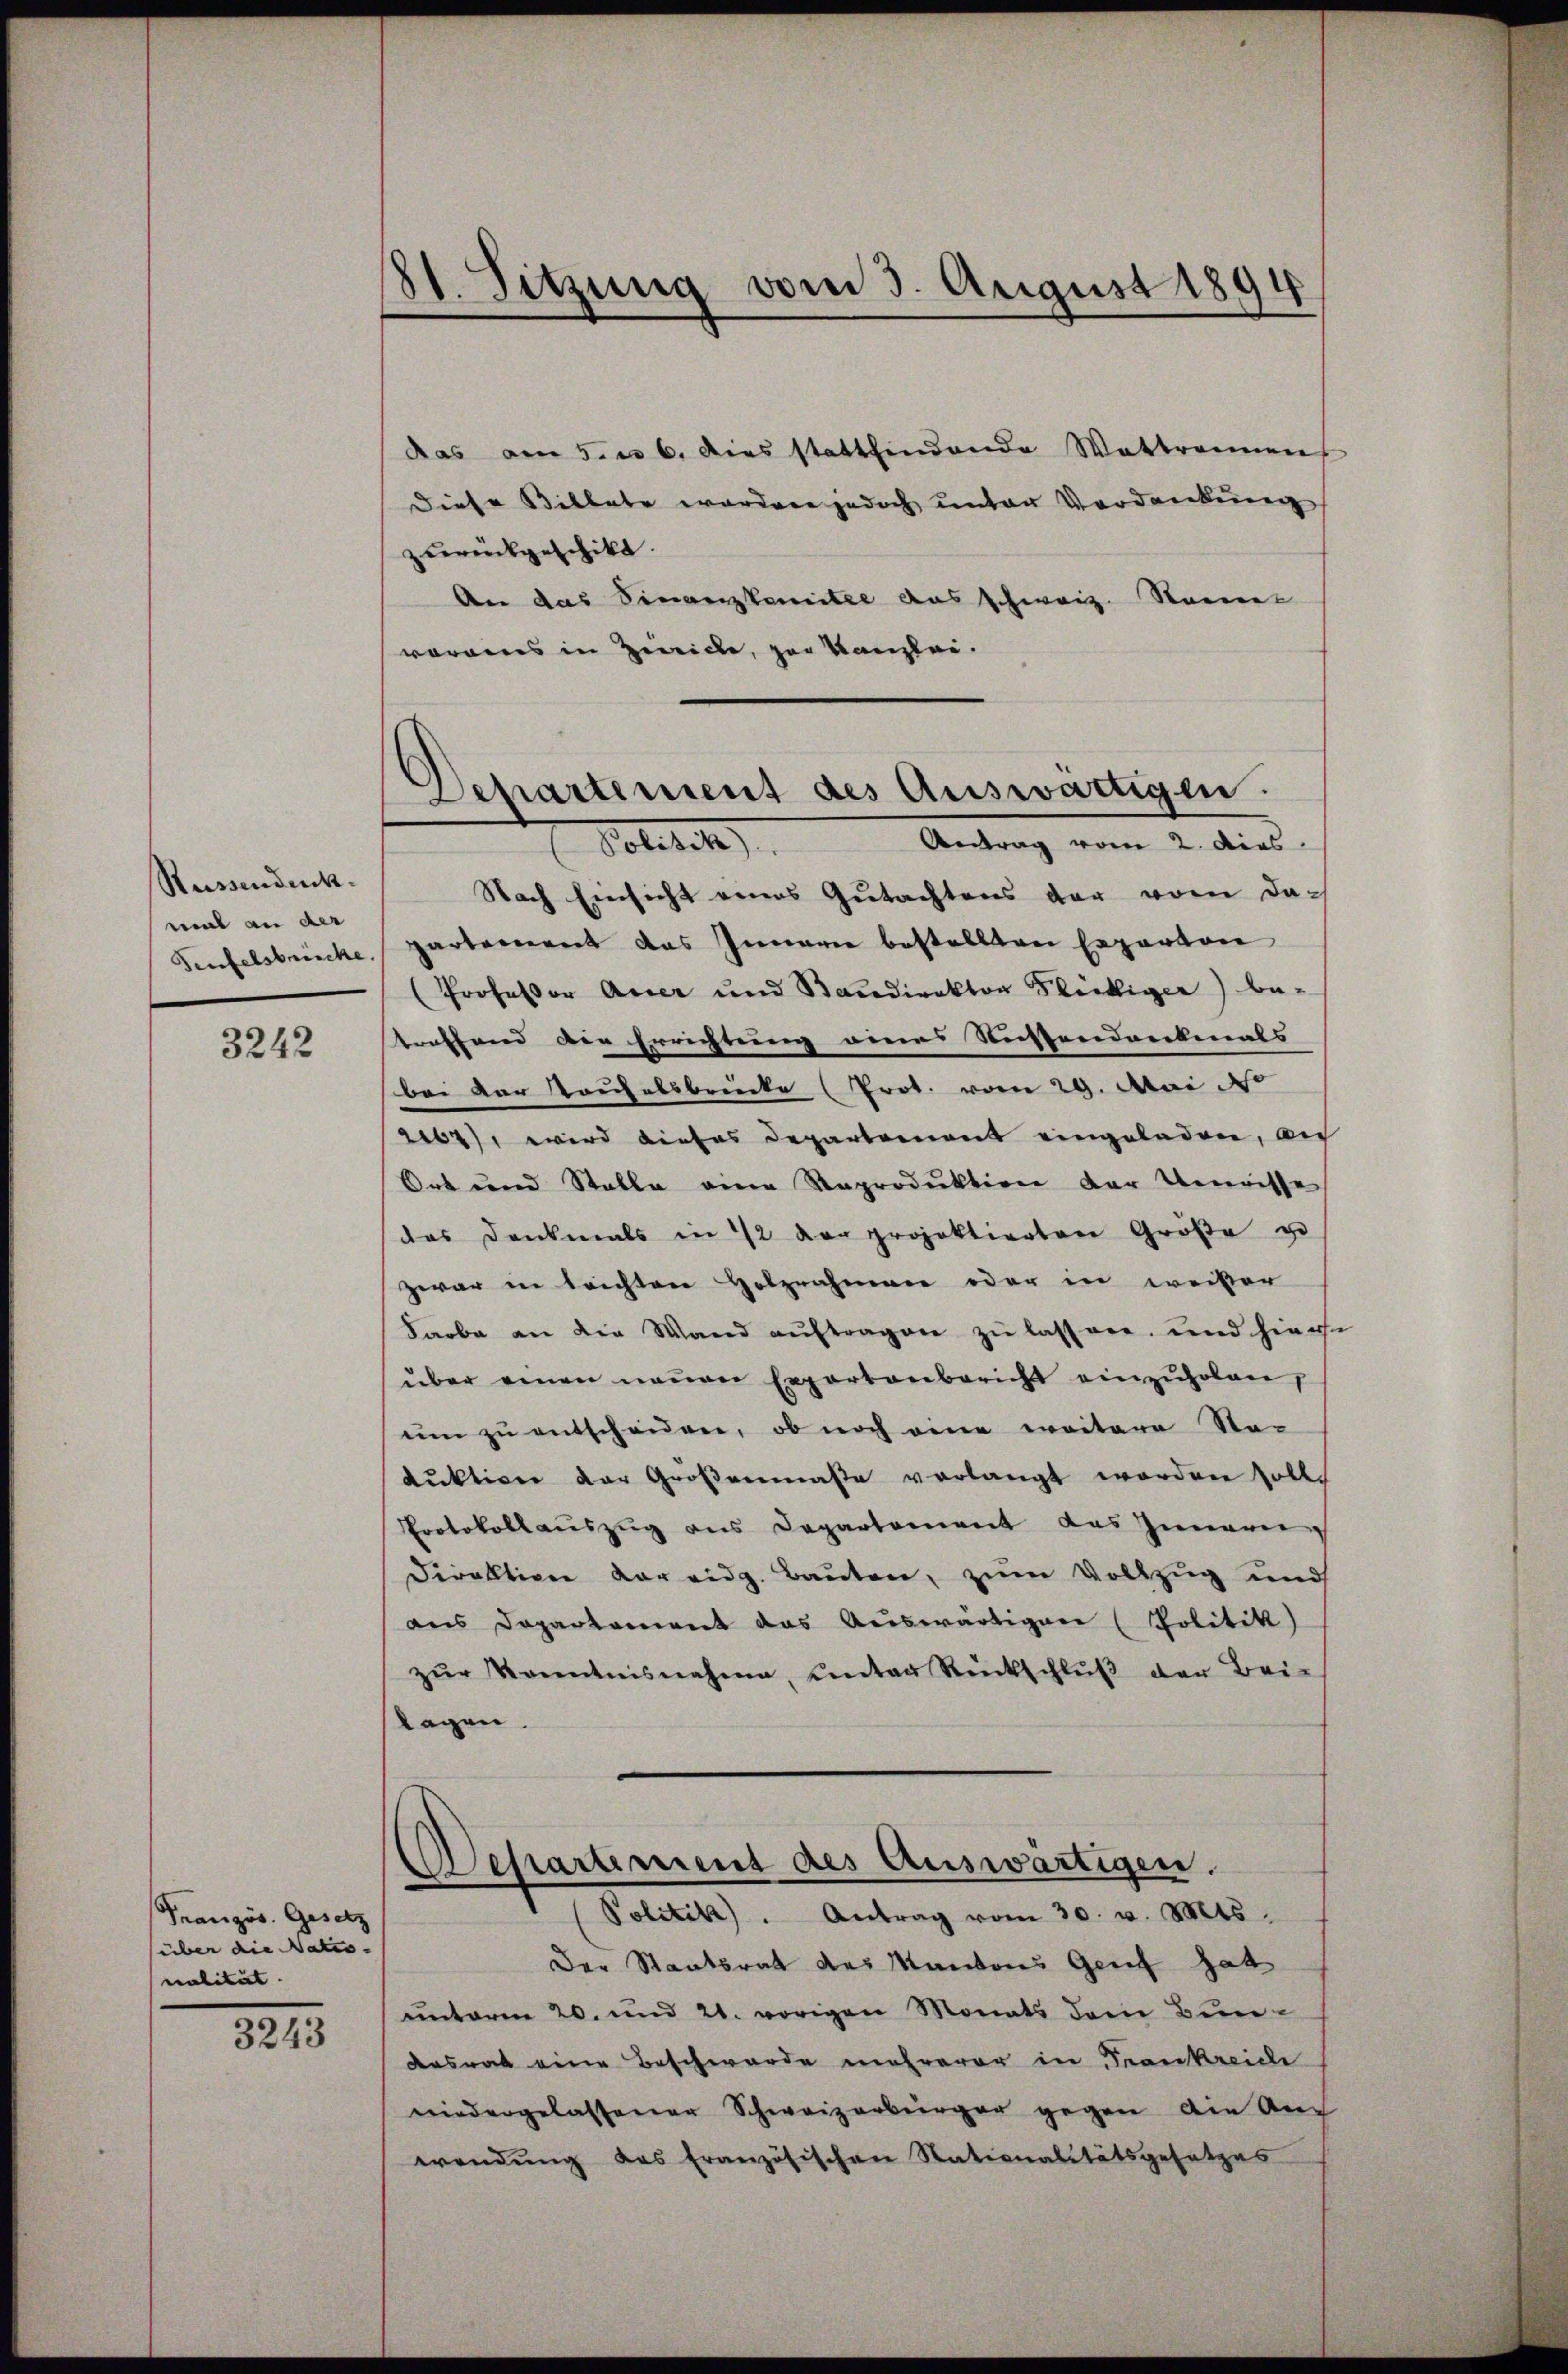
Reissendenk
mal an der
Teufelsbrücke.

3242

Französ. Gesetz
über die Natio- |
nalität.

3243

81. Sitzung vom 3. August 1894

das am 5. u 6. dies stattfindende Wattrennen
Diese Billate worden jedoch unter Verdankung
zurückgeschikt.
An das Sinanzkomitel aus schweiz. Sonnt
vorains in Zeiche, der Kanzlei.

Departement des Auswärtigen.

Antrag vom 2. dies
1. Politik
Nach Einsicht eines Gutachtens der vom dapartement das Innere bestellten Experton
(Professor Acker und Bandirektor Fleckiger) be-
treffend die Errichtung eines Nüssendenkmals
bei der Kaufelsbrücke (Prot. vom 29. Mai do
2164), wird dieses Departement eingeladen, au
Ort und Stalle eine Raproduktion der Unwisse
das Dankmals in 72 der projektierten Größe u
zwar in leichten Holznahmen oder in weiser
Farbe an die Wand aŭftragen zu lassen, und hier
über einen neuen Exportenbericht einzŭholen,
um zu entschenen, ob noch eine weitere Sta-
dŭktion der Großenmaße verlangt worden solle
Protokollaŭszŭg ans Departement das Innern
Direktion vor eidg. Bauten, zum Vollzug und
aus Departement das Auswärtigen (Politik)
zŭr Kenntnisnahme, unter Rückschlŭβ der Bei-
lagen.
esartement des Auswärtigen.
Politik. Antrag vom 30. v. Mts.
Der Staatsrat des Kantons Genf hat
unterm 20. und 21. vorigen Monats dem Bundesrat eine Beschwerde mehrerer in Frankreiche
niedergelassener Schweizerbürger gegen die Aus
wendung des französischen Stationalitätsgesetzes